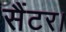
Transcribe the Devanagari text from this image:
सैंटर।